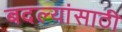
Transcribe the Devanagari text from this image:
बदल्यांसाठी